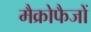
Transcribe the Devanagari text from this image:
मैक्रोफैजों